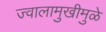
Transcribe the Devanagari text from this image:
ज्वालामुखीमुळे